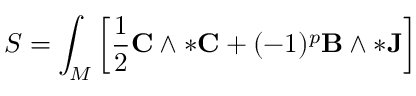
S = \int _ { M } \left[ { \frac { 1 } { 2 } } \mathbf { C } \wedge * \mathbf { C } + ( - 1 ) ^ { p } \mathbf { B } \wedge * \mathbf { J } \right]